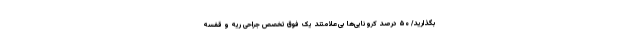
بگذارید/ ۵۰ درصد کرونایی‌ها بی‌علامتند یک فوق تخصص جراحی ریه و قفسه